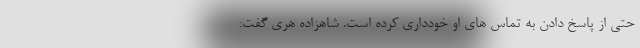
حتی از پاسخ دادن به تماس های او خودداری کرده است. شاهزاده هری گفت:‌